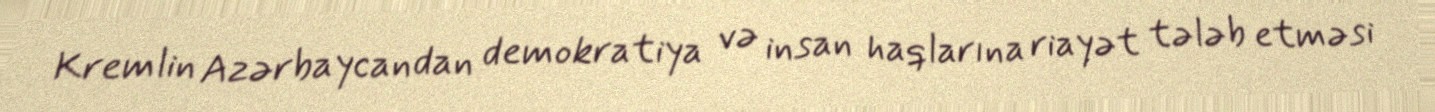
Kremlin Azərbaycandan demokratiya və insan haqlarına riayət tələb etməsi